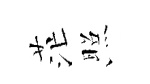
茫照